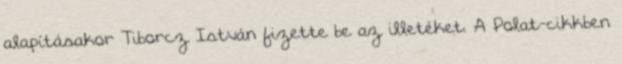
alapításakor Tiborcz István fizette be az illetéket. A Polat-cikkben